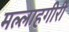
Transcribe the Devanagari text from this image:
मल्लाहगीरी